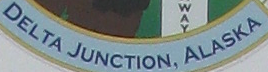
DELTA JUNCTION, ALASKA